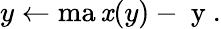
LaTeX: y\leftarrow\operatorname*{ma\mathit{x}}(y)-\mathrm{{~y~}}.